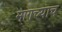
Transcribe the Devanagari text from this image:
मागच्याच